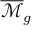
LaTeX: { \overline { { \mathcal { M } } } } _ { g }